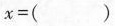
$$x = ( )$$